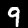
Label: 9